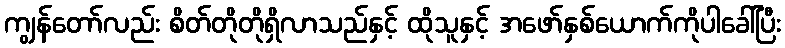
ကျွန်တော်လည်း စိတ်တိုတိုရှိလာသည်နှင့် ထိုသူနှင့် အဖော်နှစ်ယောက်ကိုပါခေါ်ပြီး